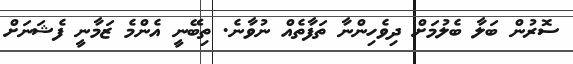
ސޮރުން ބަލާ ބެލުމަށް ދިވެހިންނާ ތަފާތެއް ނުވާނެ. ތިބޭނީ އެންމެ ޒަމާނީ ފެޝަނަށް